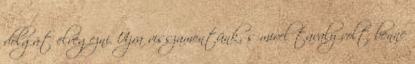
dolgát elvégezni. Újra visszamentünk, s mivel tavaly volt benne